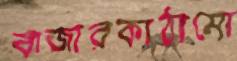
বাজারকাঠামো